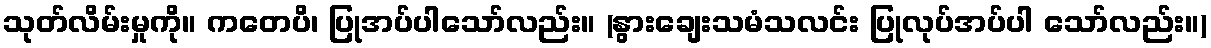
သုတ်လိမ်းမှုကို။ ကတေပိ၊ ပြုအပ်ပါသော်လည်း။ (နွားချေးသမံသလင်း ပြုလုပ်အပ်ပါ သော်လည်း။)